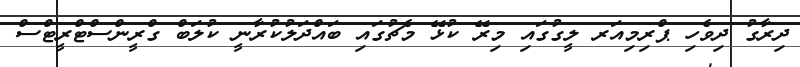
ދިރާގު ދިވެހި ޕްރިމިއަރ ލީގުގައި މިރޭ ކުޅޭ މެޗުގައި ބައްދަލުކުރާނީ ކުލަބް ގްރީންސްޓްރީޓްސް